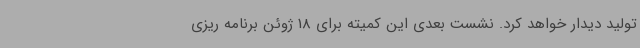
تولید دیدار خواهد کرد. نشست بعدی این کمیته برای 18 ژوئن برنامه ریزی